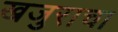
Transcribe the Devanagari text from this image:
खजुराचा